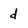
Character: d